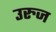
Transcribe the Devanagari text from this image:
उरुज